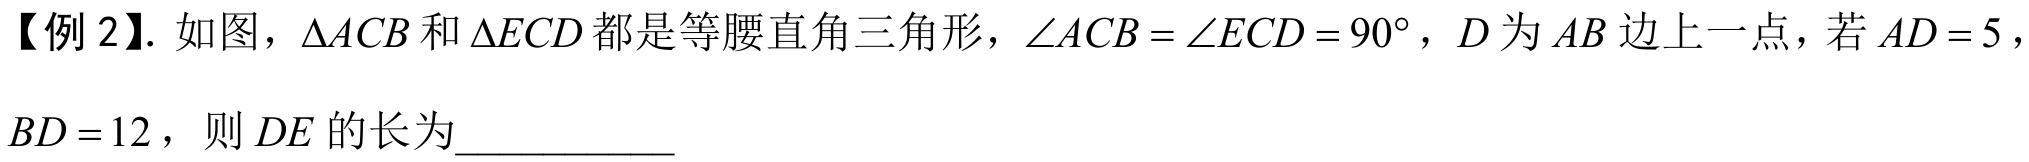
【例2】. 如图，\(\triangle ACB\)和\(\triangle ECD\)都是等腰直角三角形，\(\angle ACB=\angle ECD = 90^{\circ}\)，\(D\)为\(AB\)边上一点，若\(AD = 5\)，
\(BD = 12\)，则\(DE\)的长为